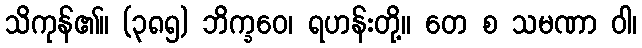
သိကုန်၏။ (၃၈၅) ဘိက္ခဝေ၊ ရဟန်းတို့။ တေ စ သမဏာ ဝါ၊